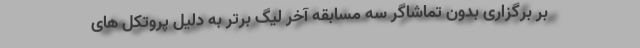
بر برگزاری بدون تماشاگر سه مسابقه آخر لیگ برتر به دلیل پروتکل های